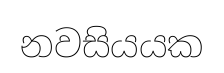
නවසියයක